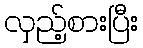
လှည့်စားပြီး